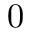
0